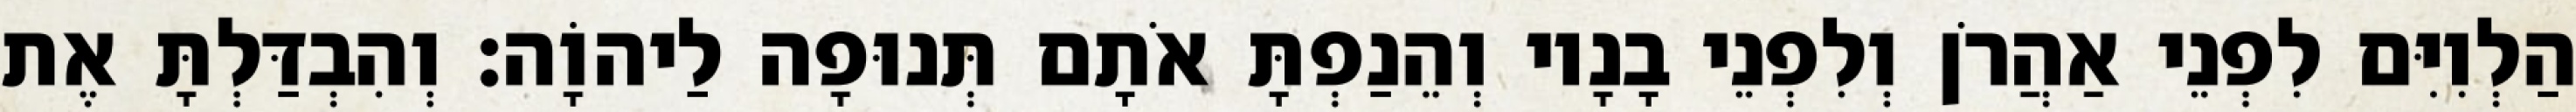
הַלְוִיִּם לִפְנֵי אַהֲרֹן וְלִפְנֵי בָנָיו וְהֵנַפְתָּ אֹתָם תְּנוּפָה לַיהוָֹה׃ וְהִבְדַּלְתָּ אֶת